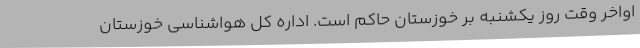
اواخر وقت روز یکشنبه بر خوزستان حاکم است. اداره کل هواشناسی خوزستان